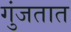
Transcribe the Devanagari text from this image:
गुंजतात